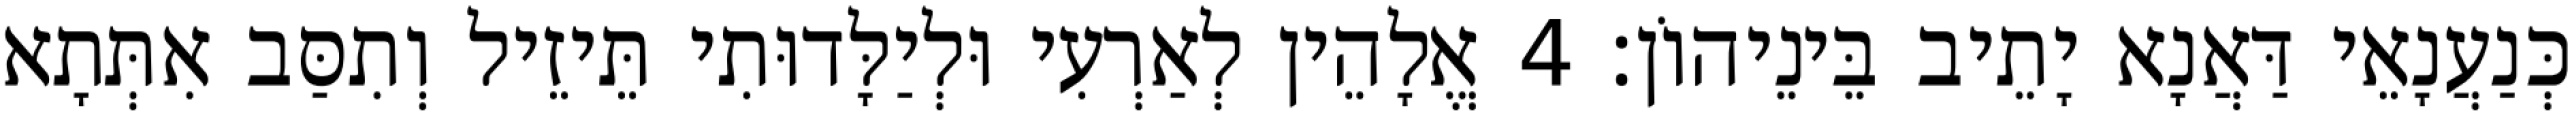
כְּנַעֲנָאֵי דַּאֲנָא יָתֵיב בֵּינֵיהוֹן׃ 4 אֱלָהֵין לְאַרְעִי וּלְיַלָּדוּתִי תֵּיזֵיל וְתִסַּב אִתְּתָא